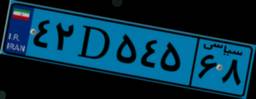
۴۲D۵۴۵۶۸